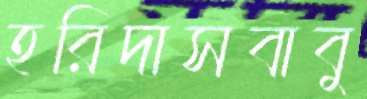
হরিদাসবাবু